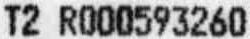
T2 R000593260